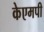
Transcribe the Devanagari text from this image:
केएमपी